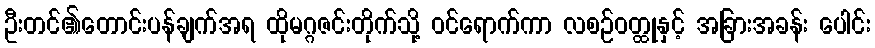
ဦးတင်၏တောင်းပန်ချက်အရ ထိုမဂ္ဂဇင်းတိုက်သို့ ဝင်ရောက်ကာ လစဉ်ဝတ္ထုနှင့် အခြားအခန်း ပေါင်း